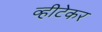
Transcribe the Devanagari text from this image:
व्हीटेकर